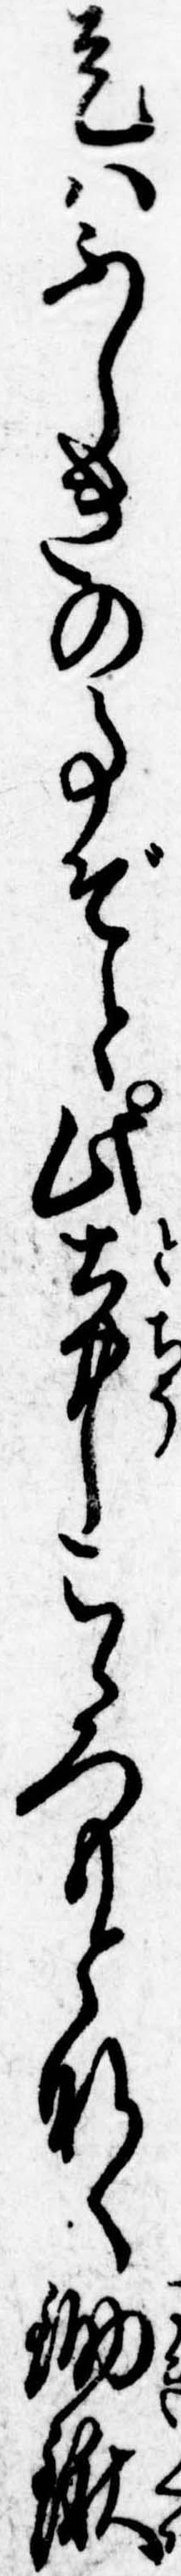
是はふしきの事ぞと此土中こゝろもとなく鋤鍬